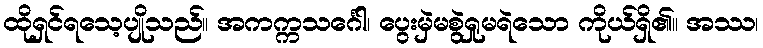
ထိုရှင်ရသေ့ပျိုသည်။ အကက္ကသင်္ဂေါ၊ ပွေးမှဲမစွဲရှုမရဲသော ကိုယ်ရှိ၏။ အဿ၊